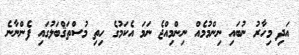
އަދި މިހާރު ނުބައި ނިންމުމެއް ނިންމިއްޖެ ނަމަ އެކަމުގެ ހިތި މުސްތަޤްބަލުގައި ފެންނާނެ